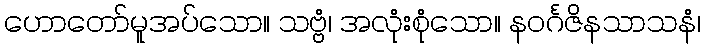
ဟောတော်မူအပ်သော။ သဗ္ဗံ၊ အလုံးစုံသော။ နဝင်္ဂဇိနသာသနံ၊